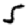
Digit: 5